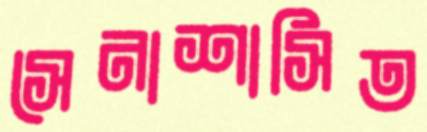
সেনাশাসিত